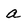
Character: a